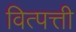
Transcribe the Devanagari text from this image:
वित्पत्ती